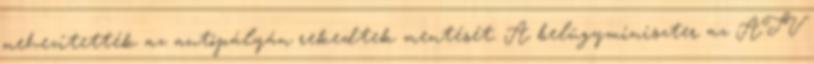
nehezítették az autópályán rekedtek mentését. A belügyminiszter az ATV